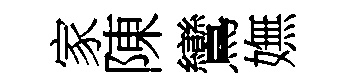
家陳鸞嫵